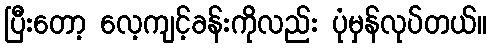
ပြီးတော့ လေ့ကျင့်ခန်းကိုလည်း ပုံမှန်လုပ်တယ်။